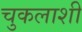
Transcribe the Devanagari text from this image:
चुकलाशी